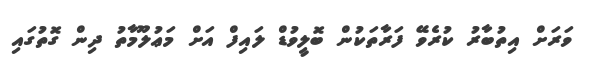
ވަރަށް އިތުބާރު ކުރެވޭ ފަރާތަކުން ބޮލީވުޑް ލައިފް އަށް މަޢުލޫމާތު ދިން ގޮތުގައި